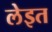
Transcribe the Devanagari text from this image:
लेइत